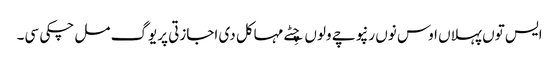
ایس توں پہلاں اوس نوں رنپوچے ولوں چِٹے مہاکل دی اجازتی پریوگ مل چکی سی۔